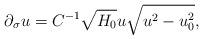
LaTeX: \begin{align*}\partial_\sigma u = C^{-1} \sqrt{H_0} u \sqrt{u^2-u_0^2},\end{align*}